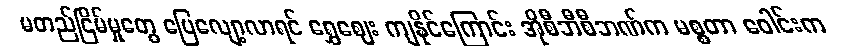
မတည်ငြိမ်မှုတွေ ပြေလျော့လာရင် ရွှေဈေး ကျနိုင်ကြောင်း အိုစီဘီစီဘဏ်က မစ္စတာ ဝေါင်းက